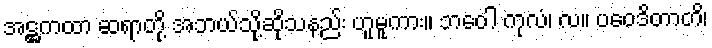
အဋ္ဌကထာ ဆရာတို့ အဘယ်သို့ဆိုသနည်း ဟူမူကား။ ဘဝေါ ကုလံ၊ လ။ ပဝေဒိတာတိ၊